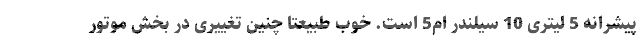
پیشرانه 5 لیتری 10 سیلندر ام5 است. خوب طبیعتا چنین تغییری در بخش موتور